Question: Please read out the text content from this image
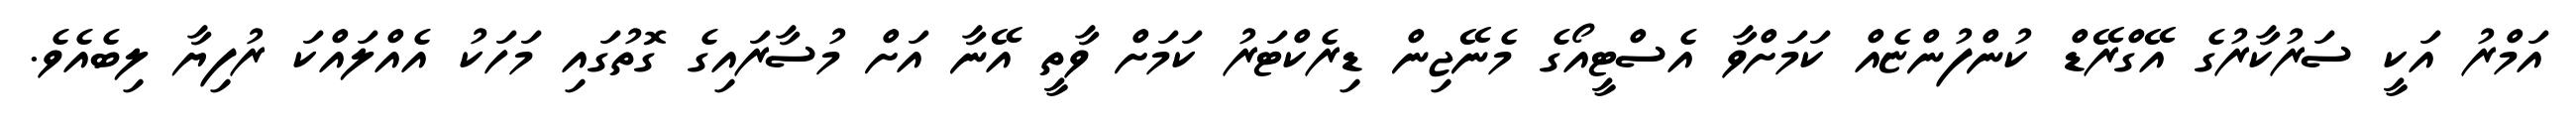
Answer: އަމްރު އަކީ ސަރުކާރުގެ އޭގްރޭޑް ކުންފުންޏެއް ކަމަށްވާ އެސްޓީއޯގެ މެނޭޖިން ޑިރެކްޓަރު ކަމަށް ވާތީ އޭނާ އަށް މުސާރައިގެ ގޮތުގައި މަހަކު އެއްލައްކަ ރުފިޔާ ލިބެއެވެ.